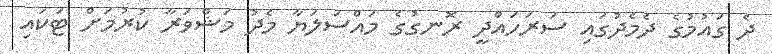
ދެ ގައުމުގެ ދެމެދުގައި ސަރަހައްދީ ރޮނގުގެ މައްސަލަޔާ މެދު މަޝްވަރާ ކުރުމަށް ޓަކައި